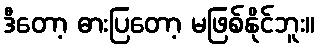
ဒီတော့ ဓားပြတော့ မဖြစ်နိုင်ဘူး။